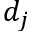
d _ { j }